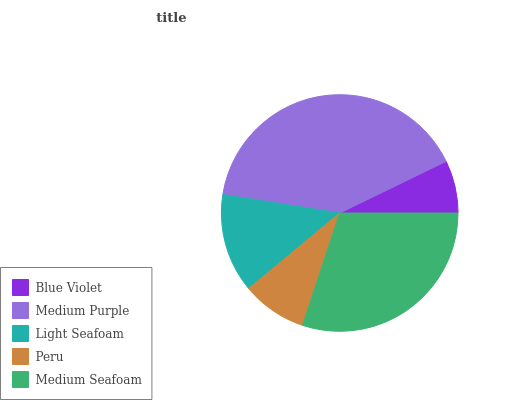
| Blue Violet | Medium Purple | Light Seafoam | Peru | Medium Seafoam |
 | --- | --- | --- | --- | --- |
 | 7.2% | 40.3% | 13.5% | 8.9% | 30.1% |